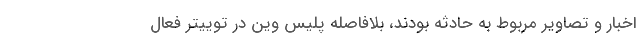
اخبار و تصاویر مربوط به حادثه بودند، بلافاصله پلیس وین در توییتر فعال